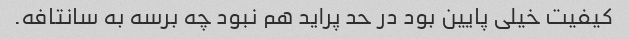
کیفیت خیلی پایین بود در حد پراید هم نبود چه برسه به سانتافه.